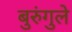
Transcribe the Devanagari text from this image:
बुरुंगुले